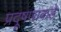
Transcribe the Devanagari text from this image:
प्रदूषणाकडे